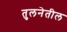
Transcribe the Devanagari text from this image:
तुलनेतील